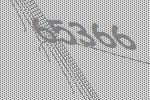
65366